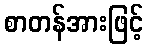
စာတန်အားဖြင့်